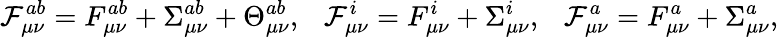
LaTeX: {\cal F}_{\mu\nu}^{ab}=F_{\mu\nu}^{ab}+\Sigma_{\mu\nu}^{ab}+\Theta_{\mu\nu}^{ab},\ \ \ {\cal F}_{\mu\nu}^{i}=F_{\mu\nu}^{i}+\Sigma_{\mu\nu}^{i},\ \ \ {\cal F}_{\mu\nu}^{a}=F_{\mu\nu}^{a}+\Sigma_{\mu\nu}^{a},